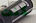
كنت